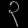
Digit: ၃